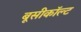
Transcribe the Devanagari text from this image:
बूसीकॉल्ट